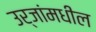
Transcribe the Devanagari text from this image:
उर्जांमधील